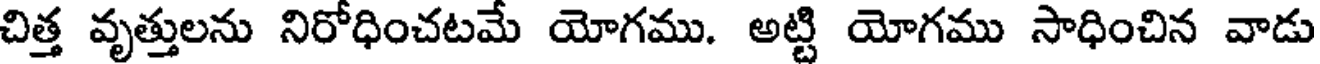
చిత్త వృత్తులను నిరోధించటమే యోగము. అట్టి యోగము సాధించిన వాడు